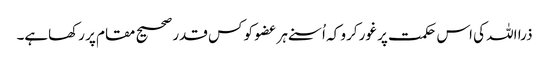
ذرا اللہ کی اس حکمت پر غور کرو کہ اُسنے ہر عضو کو کس قدر صحیح مقام پر رکھاہے۔